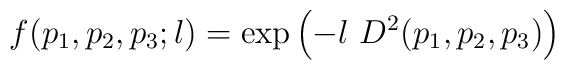
f(p_1,p_2,p_3;l) =    {\rm exp} \left(-l\ D^2(p_1,p_2,p_3)\right)